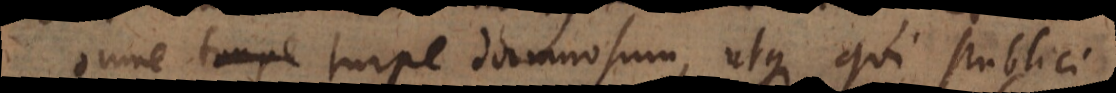
omne turpe damnosum, atque qui publici